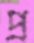
প্র